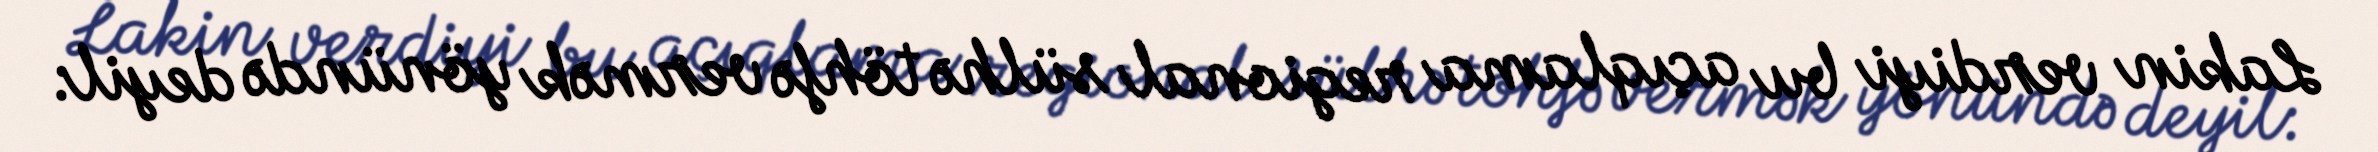
Lakin verdiyi bu açıqlama regional sülhə töhfə vermək yönündə deyil: